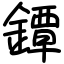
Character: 鐔